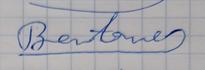
Signature authenticity: forged